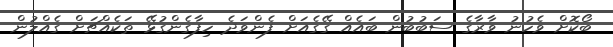
ބޯކޮށް ވެހުނު ވާރާގެ ސަބުބުން ބައެއް ގޭގެއަށް ފެންވަދެ ހިފާގެންގުޅޭ ތަކެއްޗަށް ގެއްލުން